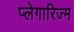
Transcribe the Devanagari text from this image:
प्लेगारिज्म